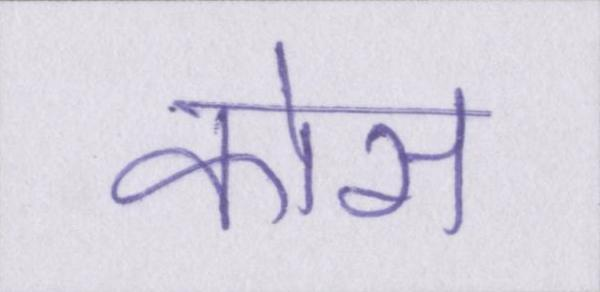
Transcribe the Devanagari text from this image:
कोस